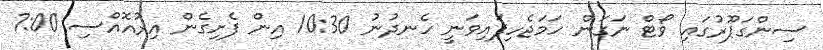
ސިންގަޕޫރުގައި ވޯޓް ނަގަން ހަމަޖެހިފައިވަނީ ހެނދުނު 10:30 އިން ފެށިގެން އިރުއޮއްސި 7:00